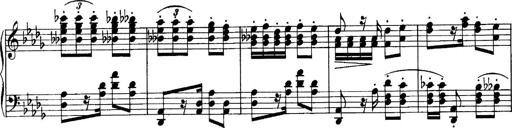
Title: Sonatina No.6
Composer: Ferruccio Busoni